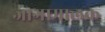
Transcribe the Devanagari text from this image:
जागामालक